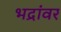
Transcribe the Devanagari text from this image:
भद्रांवर